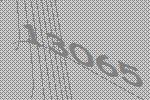
13065